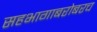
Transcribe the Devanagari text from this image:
सहभागाबरोबरच